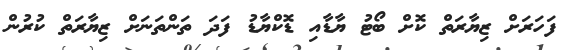
ފަހަރަށް ޒިޔާރަތް ކޮށް ބޯޓު ޔާޑާއި ޑޮކްޔާޑު ފަދަ ތަންތަނަށް ޒިޔާރަތް ކުރުން